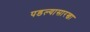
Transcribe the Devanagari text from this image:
पडल्यासारखा